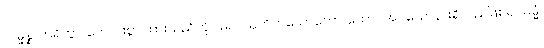
သမ္မန္နာဟရိတွာ၊ ကောင်းစွာ ထားသည်ကို ပြု၍။ ဩဟိတသောတော၊ ထောင်အပ်သောနားရှိသည်ဖြစ်၍။ ဓမ္မံ၊